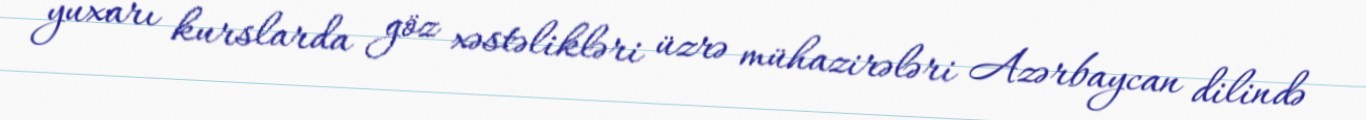
yuxarı kurslarda göz xəstəlikləri üzrə mühazirələri Azərbaycan dilində